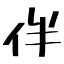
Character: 伴